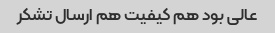
عالی بود هم کیفیت هم ارسال تشکر